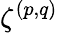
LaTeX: \zeta^{(p,q)}